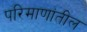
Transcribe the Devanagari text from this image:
परिमाणांतील